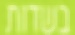
בשדות